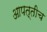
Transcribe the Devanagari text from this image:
आपत्तीच